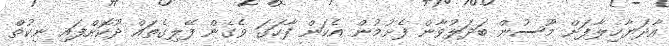
އާދަޔާޚިލާފަށް މޫސުން ބަދަލުވާން ފެށުމުން އެކަން ފާހަގަ ވެގެން ފޭލިގެތައް ދޫކޮށްފައި ނިކުތް